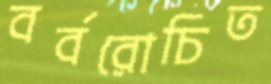
বর্বরোচিত